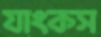
যাংকস